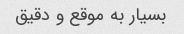
بسیار به موقع و دقیق